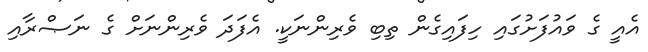
އެއީ ގެ ވައުފަށުގައި ހިފައިގެން ތިބި ވެރިންނަކީ. އެފަދަ ވެރިންނަށް ގެ ނަޞްރާއި